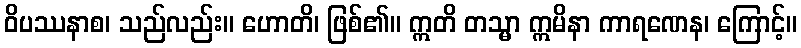
ဝိပဿနာစ၊ သည်လည်း။ ဟောတိ၊ ဖြစ်၏။ ဣတိ တသ္မာ ဣမိနာ ကာရဏေန၊ ကြောင့်။